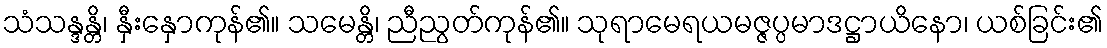
သံသန္ဒန္တိ၊ နှီးနှောကုန်၏။ သမေန္တိ၊ ညီညွတ်ကုန်၏။ သုရာမေရယမဇ္ဇပ္ပမာဒဋ္ဌာယိနော၊ ယစ်ခြင်း၏